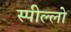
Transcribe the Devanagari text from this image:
स्पील्लो